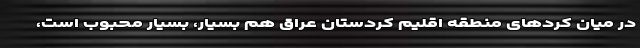
در میان کُردهای منطقه اقلیم کردستان عراق هم بسیار، بسیار محبوب است،